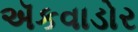
ઍકવાડોર